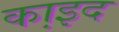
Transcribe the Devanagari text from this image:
का़इद